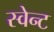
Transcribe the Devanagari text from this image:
स्वेन्ट